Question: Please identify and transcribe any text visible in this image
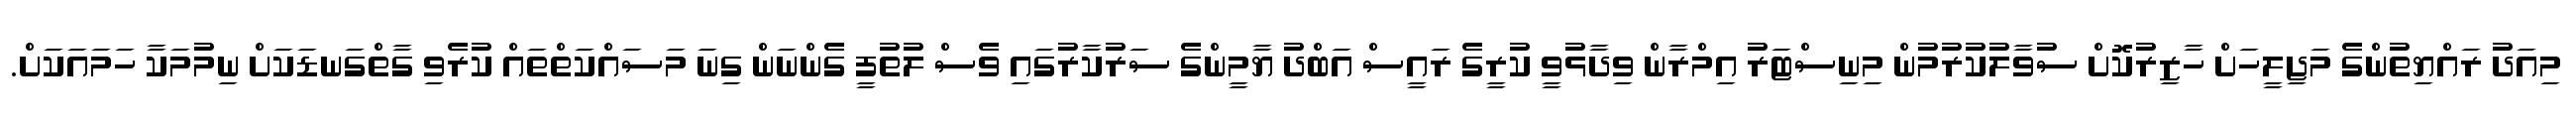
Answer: މިއަދު ރައްޔިތުންގެ މަޖިލީހަށް ހާޒިރުކޮށް ސުވާލުކުރުމުން މިނިސްޓަރު އިމްރާން ވިދާޅުވީ ކުރީގެ ރައީސް އަބްދު ޔާމީންގެ ސަރުކާރުގައި ވެސް ލުތުފީ ގެންނަން ގިނަ މަސައްކަތްތައް ކުރެވި ގާތްގަނޑަކަށް ނިމުމަކާ ހަމައަކަށް.